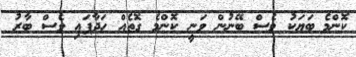
ކޮންމެ ބަޔަކު ވެސް ބޭނުން ވަނީ ކޮންމެ ގޮތެއް ހަދާފައި ވެސް ބާރު